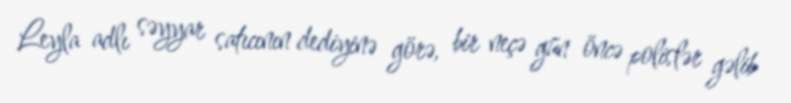
Leyla adlı səyyar satıcının dediyinə görə, bir neçə gün öncə polislər gəlib